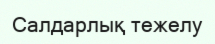
Салдарлық тежелу